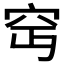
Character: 𥤵